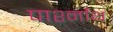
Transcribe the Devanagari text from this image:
पार्श्नाथ